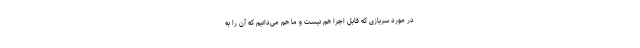
در مورد سربازی که قابل اجرا هم نیست و ما هم می‌دانیم که آن را به